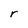
Character: r